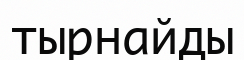
тырнайды